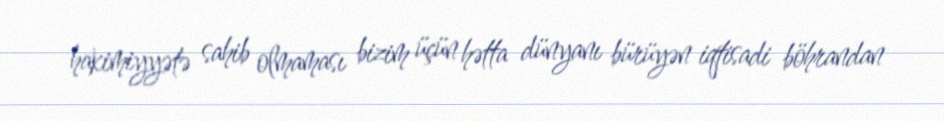
hakimiyyətə sahib olmaması bizim üçün hətta dünyanı bürüyən iqtisadi böhrandan